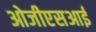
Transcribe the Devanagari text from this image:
ओजीएसआई